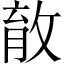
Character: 𰑞